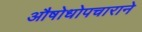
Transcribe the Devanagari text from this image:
औषोधोपचाराने